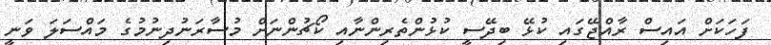
ފަހަކަށް އައިސް ރާއްޖޭގައި ކުޅޭ ބިދޭސީ ކުޅުންތެރިންނާއި ކޯޗުންނަށް މުސާރަނުދިނުމުގެ މައްސަލަ ވަނީ